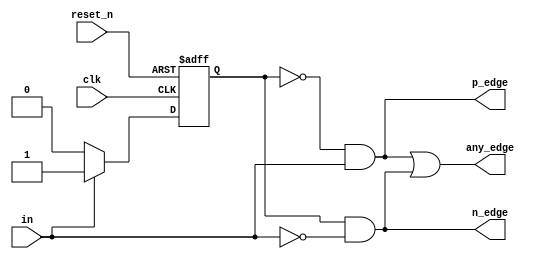
`timescale 1ns / 1ps

module edge_detector(
    // MEALY FSM
    input clk,
    input reset_n,
    input in,
    output p_edge,
    output n_edge,
    output any_edge
    );
    
    reg state_reg, state_next;
    parameter s0 = 0;
    parameter s1 = 1;
    
    // Sequential state registers
    always @(posedge clk, negedge reset_n)
    begin
        if (~reset_n)
            state_reg <= s0;
        else
            state_reg <= state_next;
    end
    
    // Next state logic
    always @(*)
    begin
        case(state_reg)
            s0: if (in)
                    state_next = s1;
                else
                    state_next = s0;
            s1: if (in)
                    state_next = s1;
                else
                    state_next = s0;
            default: state_next = s0;                
        endcase
    end
    
    // Output logic
    assign p_edge = (state_reg == s0) & in;
    assign n_edge = (state_reg == s1) & ~in;
    assign any_edge = p_edge | n_edge;
    
endmodule // EDGE_DETECTOR